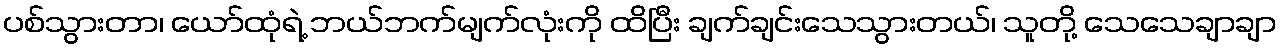
ပစ်သွားတာ၊ ယော်ထုံရဲ့ ဘယ်ဘက်မျက်လုံးကို ထိပြီး ချက်ချင်းသေသွားတယ်၊ သူတို့ သေသေချာချာ